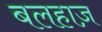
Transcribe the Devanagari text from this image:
बलहाज़